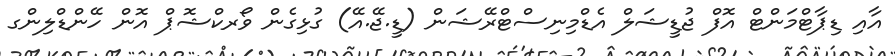
އާއި ޑިޕާޓްމަންޓް އޮފް ޖުޑީޝަލް އެޑްމިނިސްޓްރޭޝަން (ޑީ.ޖޭ.އޭ) ގުޅިގެން ވޯރކްޝޮޕް އޮން ހޭންޑްލިންގ